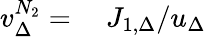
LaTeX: \begin{array}{rl}{v_{\Delta}^{N_{2}}=}&{{}\ J_{1,\Delta}/u_{\Delta}}\end{array}